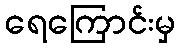
ရေကြောင်းမှ